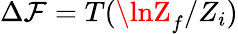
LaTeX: \Delta\mathcal{F}=T(\lnZ_{f}/Z_{i})